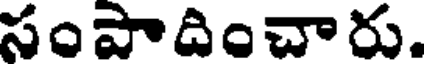
సంపాదించారు.